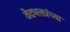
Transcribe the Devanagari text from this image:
वेदभक्तांच्या